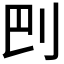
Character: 𠛋